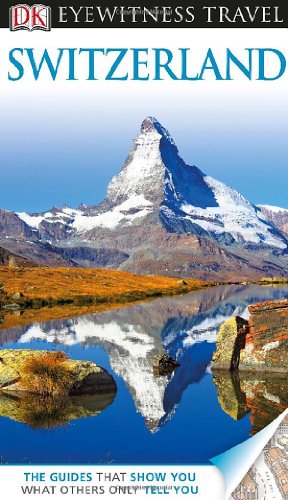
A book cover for DK Eyewitness Travel Guide: Switzerland; DK Publishing; Travel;